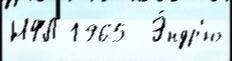
НФЛ 1965  Э́ндр'ю